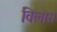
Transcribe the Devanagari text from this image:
विलोस